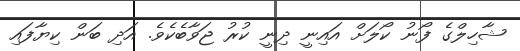
ޝާހިލްގެ ފޯނު ކޯލަށް އައިނީ ދިނީ ކުރު ޖަވާބެކެވެ. އަދި ބަން ކިޔާފައި